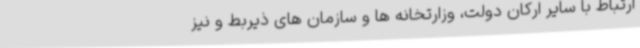
ارتباط با سایر ارکان دولت، وزارتخانه ها و سازمان های ذیربط و نیز